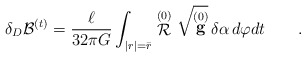
\begin{align*}\delta_{D} {\cal B}^{(t)} = \frac \ell {32 \pi G}\int_{|r|=\bar r} \stackrel {(0)} {\cal R} \sqrt{\stackrel {(0)} {\bf g}} \, \delta \alpha \, d\varphi dt\qquad .\end{align*}